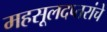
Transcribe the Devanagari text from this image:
महसूलदप्तरांचे